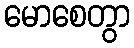
မောစေတွာ